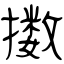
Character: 擞